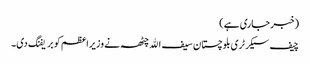
(خبر جاری ہے)
چیف سیکرٹری بلوچستان سیف الله چٹھہ نے وزیراعظم کو بریفنگ دی۔